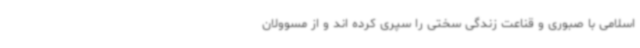
اسلامی با صبوری و قناعت زندگی سختی را سپری کرده اند و از مسوولان